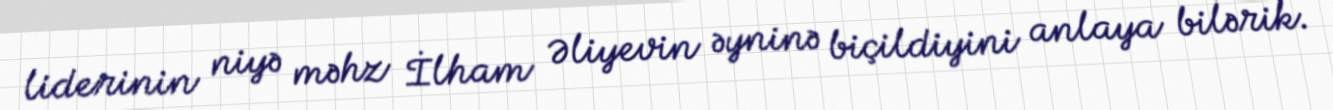
liderinin niyə məhz İlham Əliyevin əyninə biçildiyini anlaya bilərik.